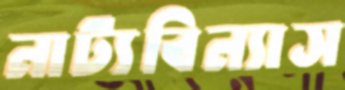
নাট্যবিন্যাস